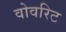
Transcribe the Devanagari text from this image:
वोवरिट